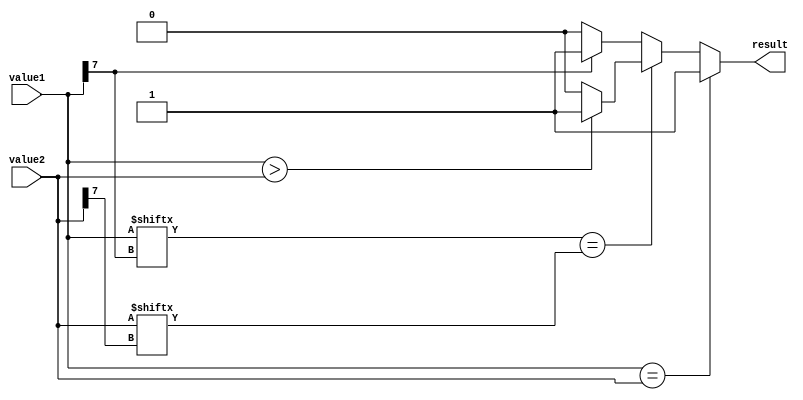
module greater_than_equal_comparator(
    input signed [7:0] value1,
    input signed [7:0] value2,
    output reg result
);

reg carry, borrow;

always @* begin
    if(value1 == value2) begin
        result <= 1'b1;
    end
    else begin
        if(value1[value1[7]] == value2[value2[7]]) begin
            if(value1 > value2) begin
                result <= 1'b1;
            end
            else begin // value1 < value2
                result <= 1'b0;
            end
        end
        else begin
            if(value1[7] == 1'b1) begin
                result <= 1'b1;
            end
            else begin // value1[7] == 0
                result <= 1'b0;
            end
        end
    end
end

endmodule